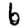
Digit: 6